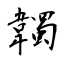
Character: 韣